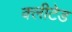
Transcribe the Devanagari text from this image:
क्लीटेड